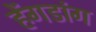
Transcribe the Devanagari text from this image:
हेंगडांग